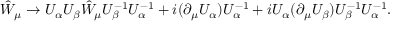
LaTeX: \hat { \cal W } _ { \mu } \to U _ { \alpha } U _ { \beta } \hat { \cal W } _ { \mu } U _ { \beta } ^ { - 1 } U _ { \alpha } ^ { - 1 } + i ( \partial _ { \mu } U _ { \alpha } ) U _ { \alpha } ^ { - 1 } + i U _ { \alpha } ( \partial _ { \mu } U _ { \beta } ) U _ { \beta } ^ { - 1 } U _ { \alpha } ^ { - 1 } .